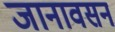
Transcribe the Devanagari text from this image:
जानावसन